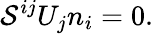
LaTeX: {\cal S}^{ij}U_{j}n_{i}=0.